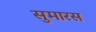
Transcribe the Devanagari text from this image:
सुमारस